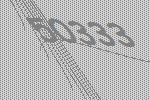
50333